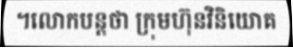
។លោកបន្តថា ក្រុមហ៊ុនវិនិយោគ